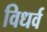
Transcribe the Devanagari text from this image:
विधर्व